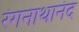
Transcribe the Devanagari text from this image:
रंगनाथानंद